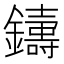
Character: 𨮾